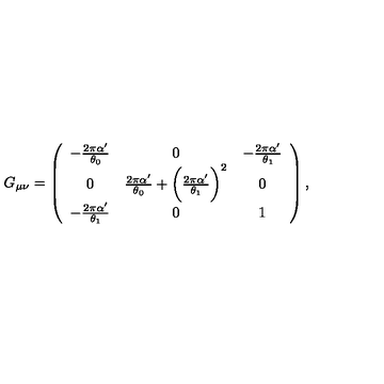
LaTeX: G _ { \mu \nu } = \left( \begin{array} { c c c } { - \frac { 2 \pi \alpha ^ { \prime } } { \theta _ { 0 } } } & { 0 } & { - \frac { 2 \pi \alpha ^ { \prime } } { \theta _ { 1 } } } \\ { 0 } & { \frac { 2 \pi \alpha ^ { \prime } } { \theta _ { 0 } } + \biggl ( \frac { 2 \pi \alpha ^ { \prime } } { \theta _ { 1 } } \biggr ) ^ { 2 } } & { 0 } \\ { - \frac { 2 \pi \alpha ^ { \prime } } { \theta _ { 1 } } } & { 0 } & { 1 } \\ \end{array} \right) ,